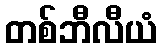
တစ်ဘီလီယံ